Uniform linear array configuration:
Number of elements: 8
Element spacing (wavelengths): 0.75
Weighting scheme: cosine
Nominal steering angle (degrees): -30
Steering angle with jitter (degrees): -29.393
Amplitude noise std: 0.05
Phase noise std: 0.05

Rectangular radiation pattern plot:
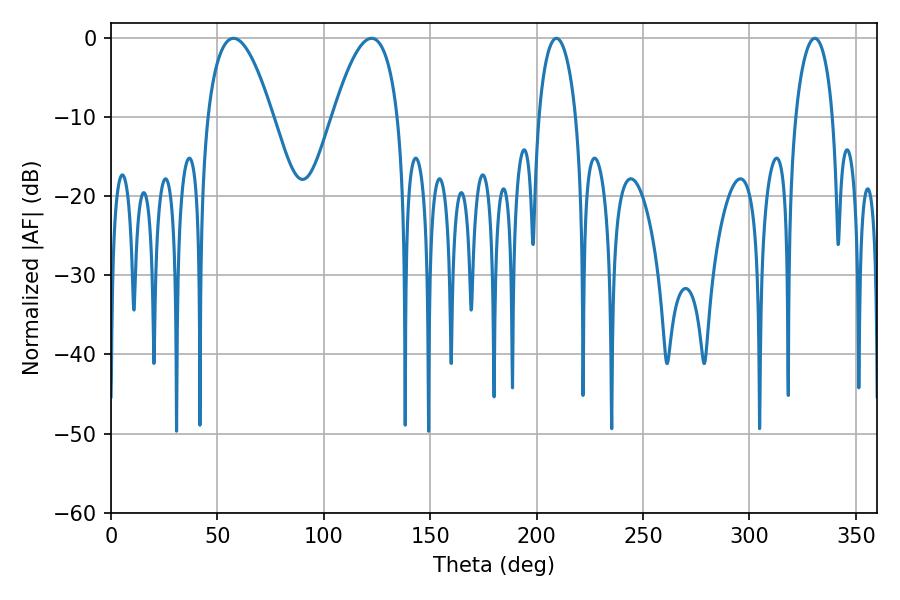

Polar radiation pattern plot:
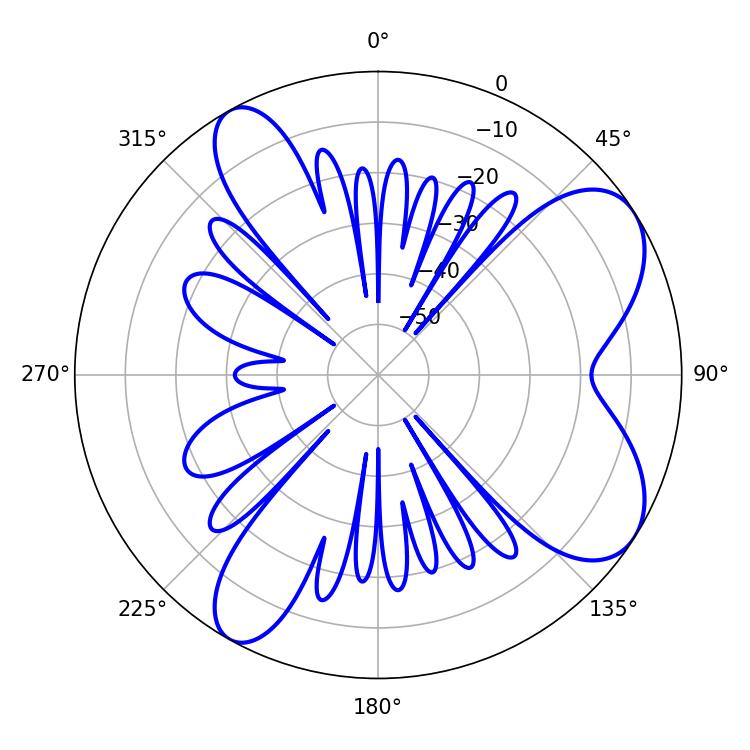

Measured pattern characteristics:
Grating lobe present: TRUE
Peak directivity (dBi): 7.466
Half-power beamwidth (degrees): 16.74
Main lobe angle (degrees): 57.6